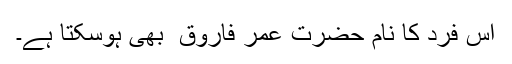
اس فرد کا نام حضرت عمر فاروق ؓ بھی ہوسکتا ہے۔